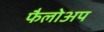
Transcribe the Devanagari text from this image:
फैलोअप